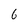
Character: 6